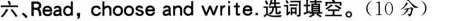
六、Read,choose and write.选词填空.(10分)